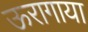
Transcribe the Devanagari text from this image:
ऊरागाया